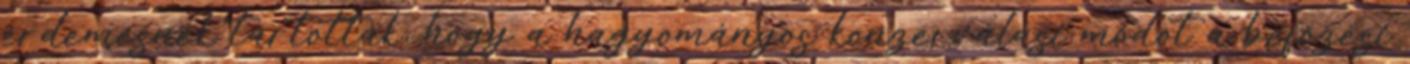
érdemesnek tartották, hogy a hagyományos konzerválási módot a befőzési